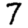
Digit: 7